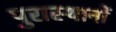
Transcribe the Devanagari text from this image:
पुरास्थानों